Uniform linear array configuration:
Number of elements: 64
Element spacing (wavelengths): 0.5
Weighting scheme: hann
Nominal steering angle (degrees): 0
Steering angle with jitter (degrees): -1.075
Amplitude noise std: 0.05
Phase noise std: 0.05

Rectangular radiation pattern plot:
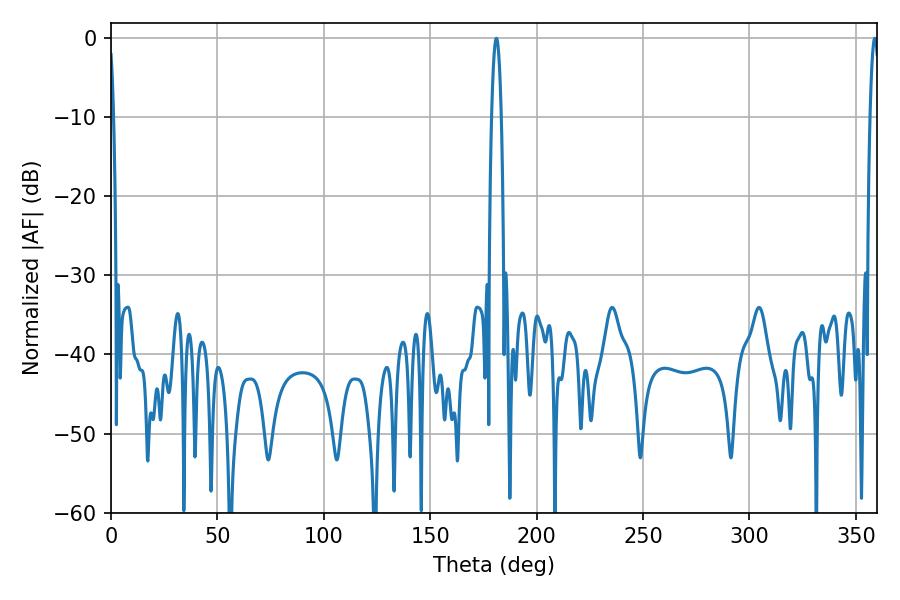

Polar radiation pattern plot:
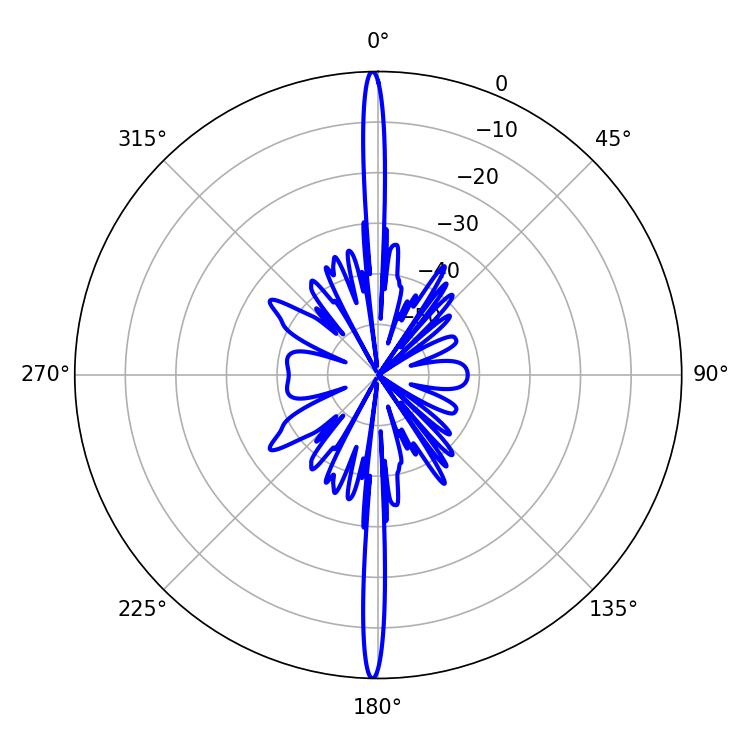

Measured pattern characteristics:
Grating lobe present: FALSE
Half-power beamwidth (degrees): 2.52
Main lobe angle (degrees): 181.08